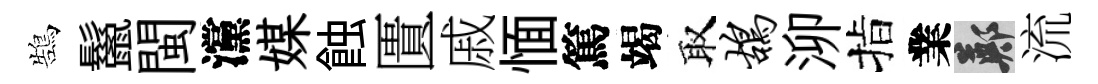
鵠鬣閩灙媒蝕匱戚愐篤竭取鸪泖指業鄭流